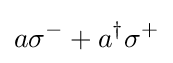
a\sigma ^{-}+a^{\dagger }\sigma ^{+}